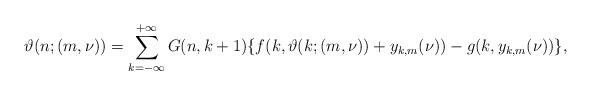
LaTeX: \begin{align*}\vartheta(n;(m,\nu))=\sum\limits_{k=-\infty}^{+\infty}G(n,k+1)\{f(k,\vartheta(k;(m,\nu))+y_{k,m}(\nu))-g(k,y_{k,m}(\nu))\}, \end{align*}